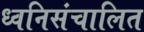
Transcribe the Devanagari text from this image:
ध्वनिसंचालित